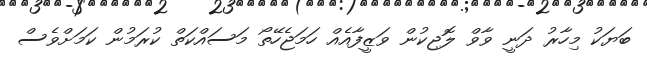
ބަޔަކު މިހާރު ދަނީ ވާވް ލޮޖިކުން ވަޒީފާއެއް ހަމަޖެހޭތޯ މަސައްކަތް ކުރަމުން ކަމަށްވެސް